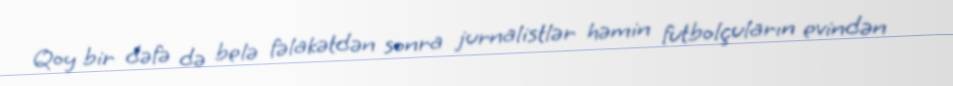
Qoy bir dəfə də belə fəlakətdən sonra jurnalistlər həmin futbolçuların evindən